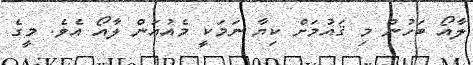
ލާއޯ ބަހުން މި ޤައުުމަށް ކިޔާ ނަމަކީ މެއުއަން ލާއޯ އެވެ. މީގެ